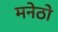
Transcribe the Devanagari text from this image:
मनेठो